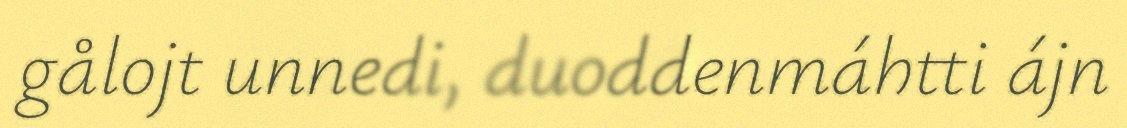
gålojt unnedi, duoddenmáhtti ájn